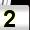
Digit: 2